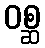
ဝစ္ဆ